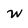
Character: W